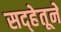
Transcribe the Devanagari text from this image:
सद्‍हेतूने